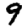
Digit: 9